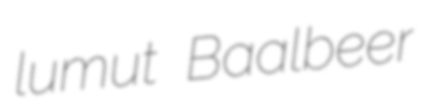
lumut Baalbeer